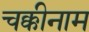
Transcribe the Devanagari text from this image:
चक्कीनाम